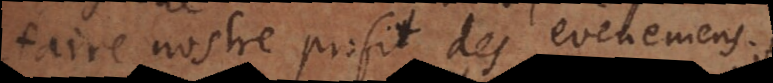
faire nostre profit des evenemens;